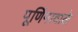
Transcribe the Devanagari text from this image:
पूर्णिमावाले